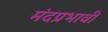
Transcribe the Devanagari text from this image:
मंदप्रभावी